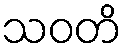
သဝတိ